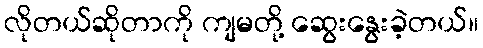
လိုတယ်ဆိုတာကို ကျမတို့ ဆွေးနွေးခဲ့တယ်။